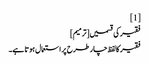
[1]
فقیر کی قسمیں[ترمیم]
فقیر کا لفظ چار طرح پر استعمال ہوتا ہے۔